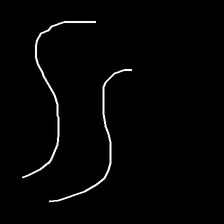
Glyph: float